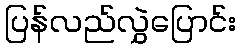
ပြန်လည်လွှဲပြောင်း